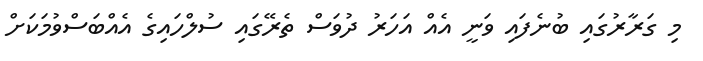
މި ގަރާރުގައި ބުނެފައި ވަނީ އެއް އަހަރު ދުވަސް ތެރޭގައި ސުލްހައިގެ އެއްބަސްވުމަކަށް